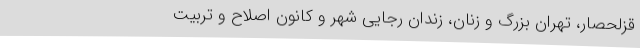
قزلحصار، تهران بزرگ و زنان، زندان رجایی شهر و کانون اصلاح و تربیت